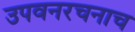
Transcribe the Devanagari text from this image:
उपवनरचनाच